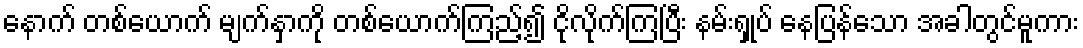
နောက် တစ်ယောက် မျက်နှာကို တစ်ယောက်ကြည့်၍ ငိုလိုက်ကြပြီး နမ်းရှုပ် နေပြန်သော အခါတွင်မူကား